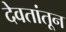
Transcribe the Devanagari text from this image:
देवतांतून